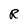
Character: R